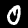
Digit: 0